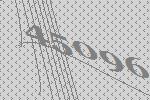
45096